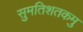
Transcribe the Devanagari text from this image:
सुमतिशतकमु